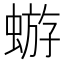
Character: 蝣